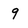
Character: 9